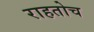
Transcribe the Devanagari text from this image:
राहतोच